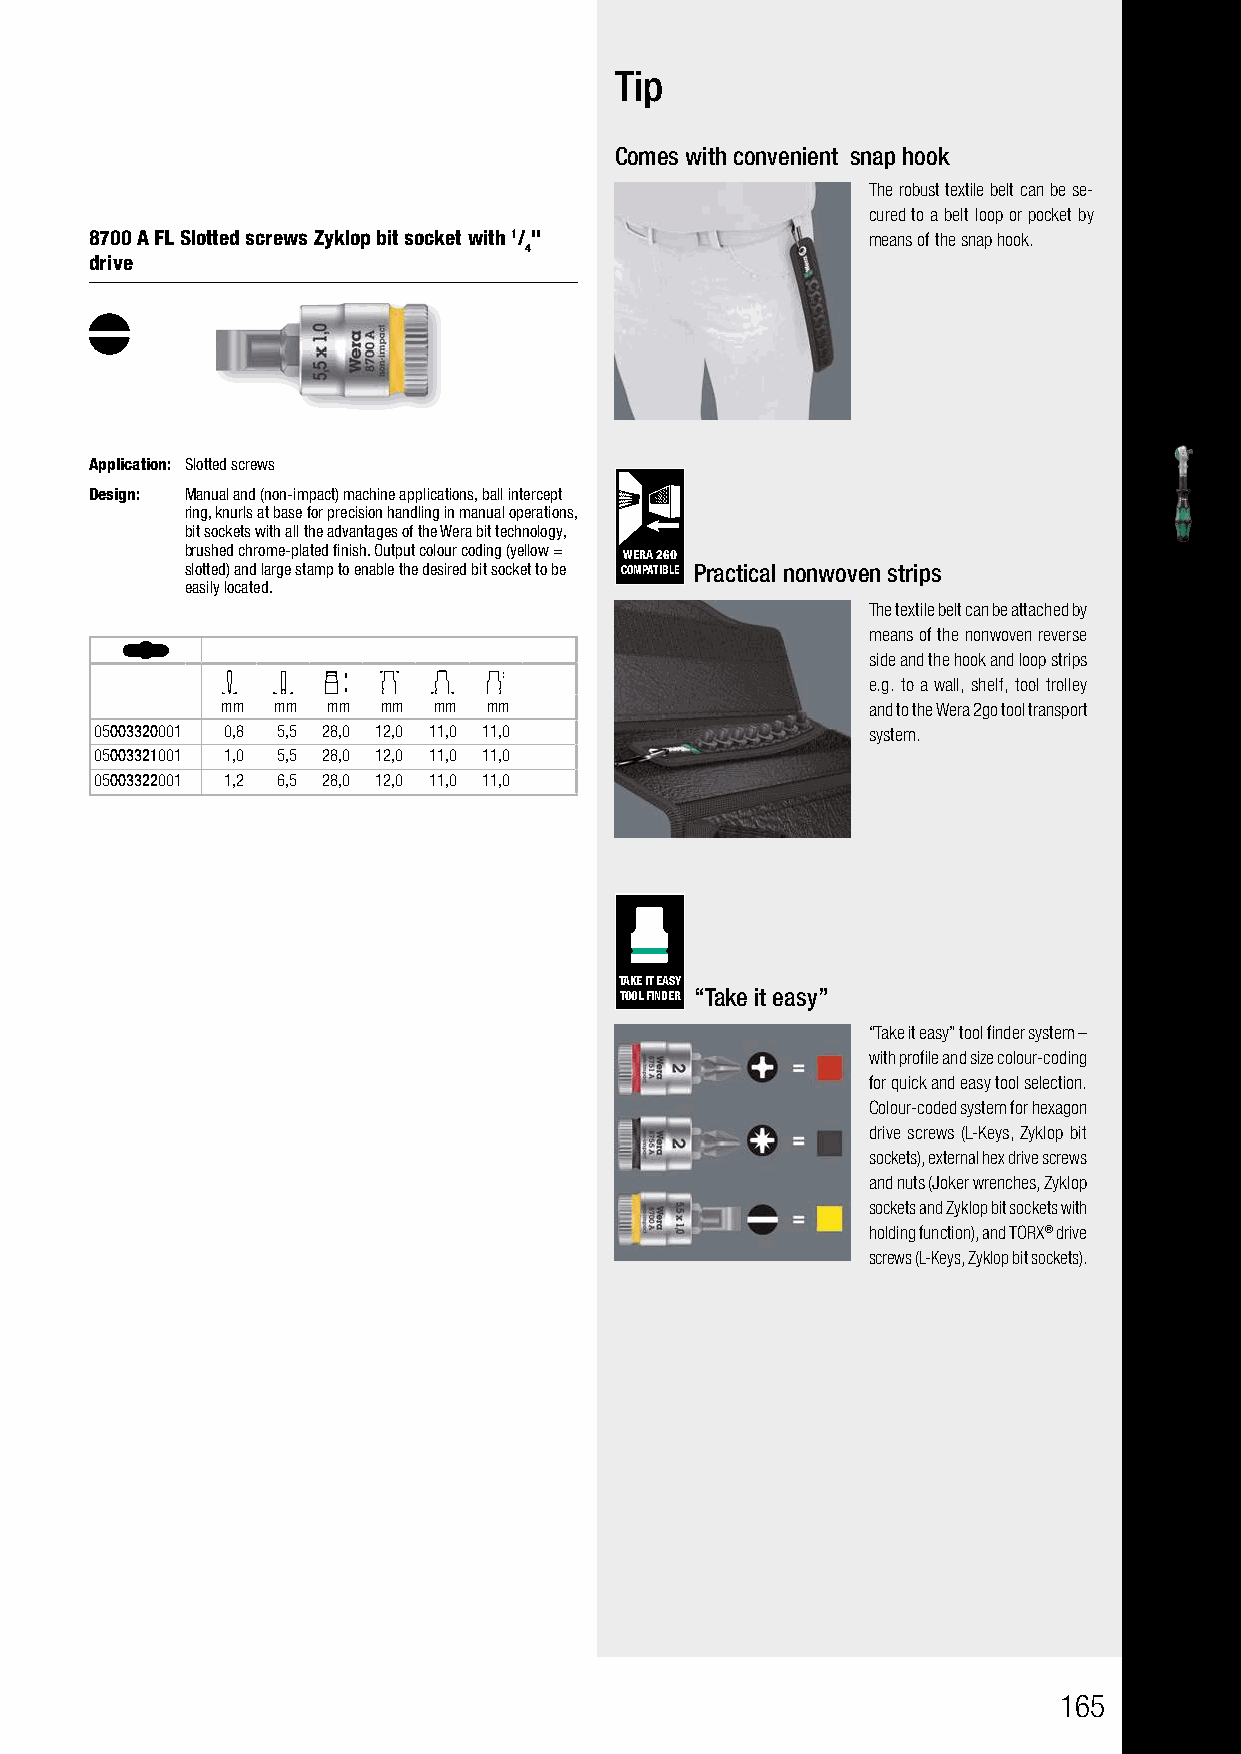
Tip
 Comes with convenient snap hook
 The robust textile belt can be se-
 cured to a belt loop or pocket by
 8700 A FL Slotted screws Zyklop bit socket with 1/ " means of the snap hook.
 4
 drive
 Application: Slotted screws
 Design: Manual and (non-impact) machine applications, ball intercept
 ring, knurls at base for precision handling in manual operations,
 bit sockets with all the advantages of the Wera bit technology,
 brushed chrome-plated finish. Output colour coding (yellow =
 WERA 2GO
 slotted) and large stamp to enable the desired bit socket to be COMPATIBLE Practical nonwoven strips
 easily located.
 The textile belt can be attached by
 means of the nonwoven reverse
 side and the hook and loop strips
 e.g. to a wall, shelf, tool trolley
 mm mm  mm mm  mm mm                       and to the Wera 2go tool transport
 05003320001 0,8 5,5 28,0 12,0 11,0 11,0            system.
 05003321001 1,0 5,5 28,0 12,0 11,0 11,0
 05003322001 1,2 6,5 28,0 12,0 11,0 11,0
 TAKE IT EASY
 TOOL FINDER “Take it easy”
 “Take it easy” tool finder system –
 with profile and size colour-coding
 for quick and easy tool selection.
 Colour-coded system for hexagon
 drive screws (L-Keys, Zyklop bit
 sockets), external hex drive screws
 and nuts (Joker wrenches, Zyklop
 sockets and Zyklop bit sockets with
 holding function), and TORX® drive
 screws (L-Keys, Zyklop bit sockets).
 165